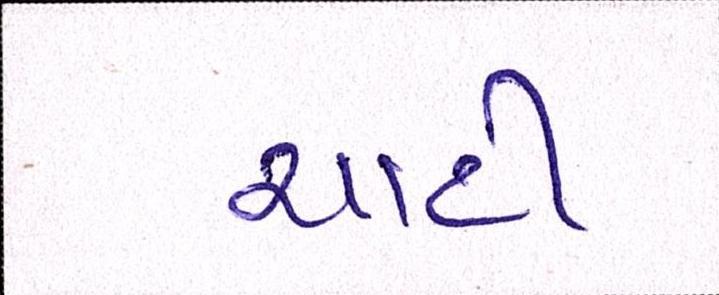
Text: ચાટી